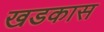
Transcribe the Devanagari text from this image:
खडकास